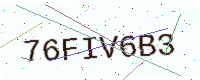
Text: 76FIV6B3